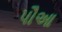
પૌઆ